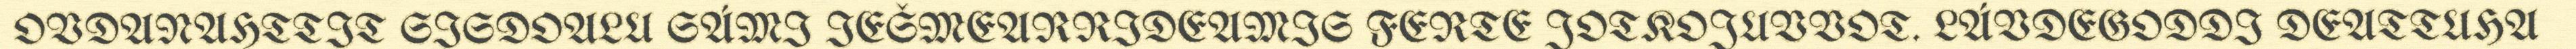
OVDANAHTTIT SISDOALU SÁMI IEŠMEARRIDEAMIS FERTE JOTKOJUVVOT. LÁVDEGODDI DEATTUHA